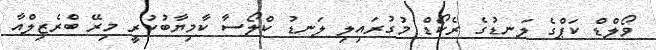
ވޯލްޑް ކަޕްގެ ލަނޑުގެ ރެކޯޑް މުގުރައިލި ލަނޑު ކްލޯސާ ކާމިޔާބުކުރީ މިރޭ ބްރެޒިލްއާ